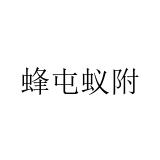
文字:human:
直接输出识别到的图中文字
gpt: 蜂屯蚁附